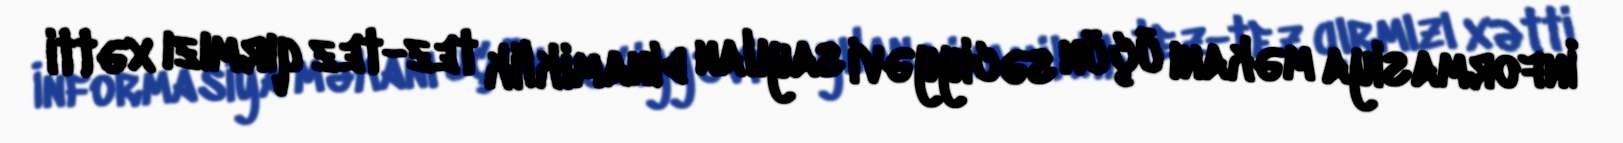
İnformasiya məkanı üçün səciyyəvi sayılan dinamiklik tez-tez qırmızı xətti